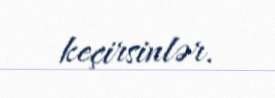
keçirsinlər.